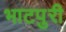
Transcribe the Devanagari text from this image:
भाटपुरी